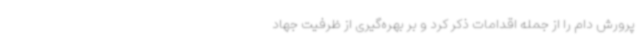
پرورش دام را از جمله اقدامات ذکر کرد و بر بهره‌گیری از ظرفیت جهاد